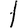
Digit: 1